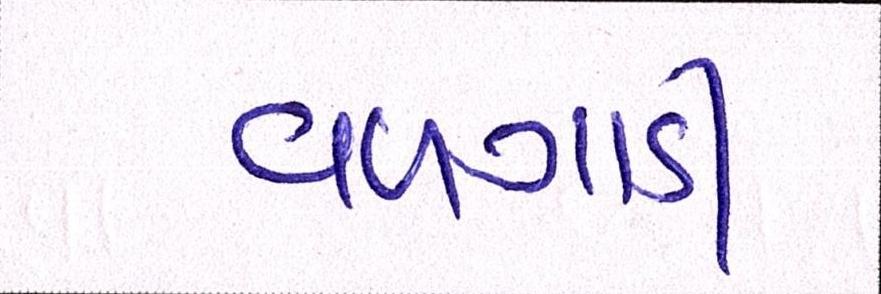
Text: વળગાડી